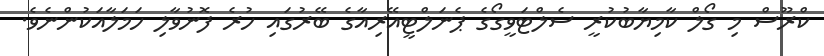
ކްރޫސް މި ގޯލް ކާމިޔާބުކުރީ ސެލްޓަވީގޯގެ ޕެނަލްޓީއޭރިއާގެ ބޭރުގައި ހުރެ ފޮނުވާލި ހަމަލާއަކުންނެވެ.